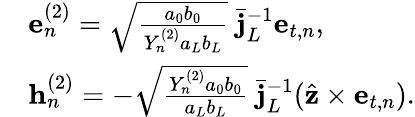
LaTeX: \begin{array}{rl}&{{\mathbf e}_{n}^{(2)}=\sqrt{\frac{a_{0}b_{0}}{Y_{n}^{(2)}a_{L}b_{L}}}\; \bar{\mathbf j}_{L}^{-1}{\mathbf e}_{t,n},}\\ &{{\mathbf h}_{n}^{(2)}=-\sqrt{\frac{Y_{n}^{(2)}a_{0}b_{0}}{a_{L}b_{L}}}\; \bar{\mathbf j}_{L}^{-1}(\hat{\mathbf z}\times{\mathbf e}_{t,n}).}\end{array}